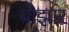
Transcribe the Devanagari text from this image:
बोझार